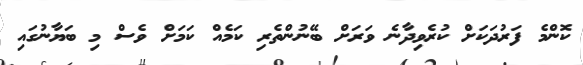
ކޮންމެ ފަރުދަކަށް ކުރެވިދާނެ ވަރަށް ބޭނުންތެރި ކަމެއް ކަަމަށް ވެސް މި ބަޔާނުގައި